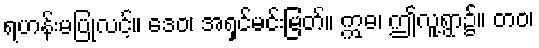
ရဟန်းမပြုလင့်။ ဒေဝ၊ အရှင်မင်းမြတ်။ ဣဓ၊ ဤလူ့ရွာ၌။ တဝ၊